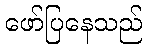
ဖော်ပြနေသည်